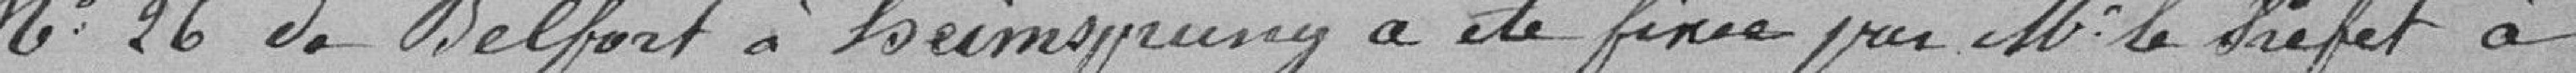
N°26 de Belfort à HEIMSPRUNG a été fixé par M. le Préfet à